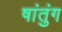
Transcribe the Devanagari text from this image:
षांतुंग